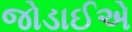
જોડાઈએ